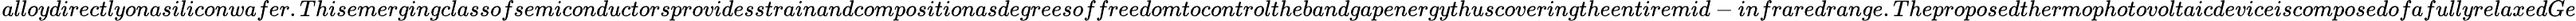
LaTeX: _{}{}alloydirectlyonasiliconwafer.Thisemergingclassofsemiconductorsprovidesstrainandcompositionasdegreesoffreedomtocontrolthebandgapenergythuscoveringtheentiremid-infraredrange.TheproposedthermophotovoltaicdeviceiscomposedofafullyrelaxedGe